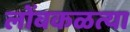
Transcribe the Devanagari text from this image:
लोंबकळत्या